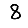
Digit: 8